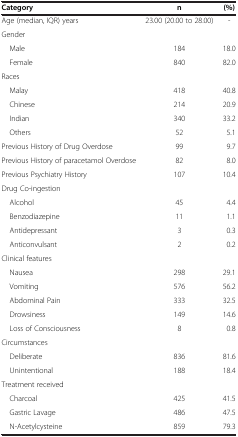
| Category | n | (%) |
 | --- | --- | --- |
 | Age (median, IQR) years | 23.00 (20.00 to 28.00) | - |
 | <COLSPAN=3> Gender |
 | Male | 184 | 18.0 |
 | Female | 840 | 82.0 |
 | <COLSPAN=3> Races |
 | Malay | 418 | 40.8 |
 | Chinese | 214 | 20.9 |
 | Indian | 340 | 33.2 |
 | Others | 52 | 5.1 |
 | Previous History of Drug Overdose | 99 | 9.7 |
 | Previous History of paracetamol Overdose | 82 | 8.0 |
 | Previous Psychiatry History | 107 | 10.4 |
 | <COLSPAN=3> Drug Co-ingestion |
 | Alcohol | 45 | 4.4 |
 | Benzodiazepine | 11 | 1.1 |
 | Antidepressant | 3 | 0.3 |
 | Anticonvulsant | 2 | 0.2 |
 | <COLSPAN=3> Clinical features |
 | Nausea | 298 | 29.1 |
 | Vomiting | 576 | 56.2 |
 | Abdominal Pain | 333 | 32.5 |
 | Drowsiness | 149 | 14.6 |
 | Loss of Consciousness | 8 | 0.8 |
 | <COLSPAN=3> Circumstances |
 | Deliberate | 836 | 81.6 |
 | Unintentional | 188 | 18.4 |
 | <COLSPAN=3> Treatment received |
 | Charcoal | 425 | 41.5 |
 | Gastric Lavage | 486 | 47.5 |
 | N-Acetylcysteine | 859 | 79.3 |